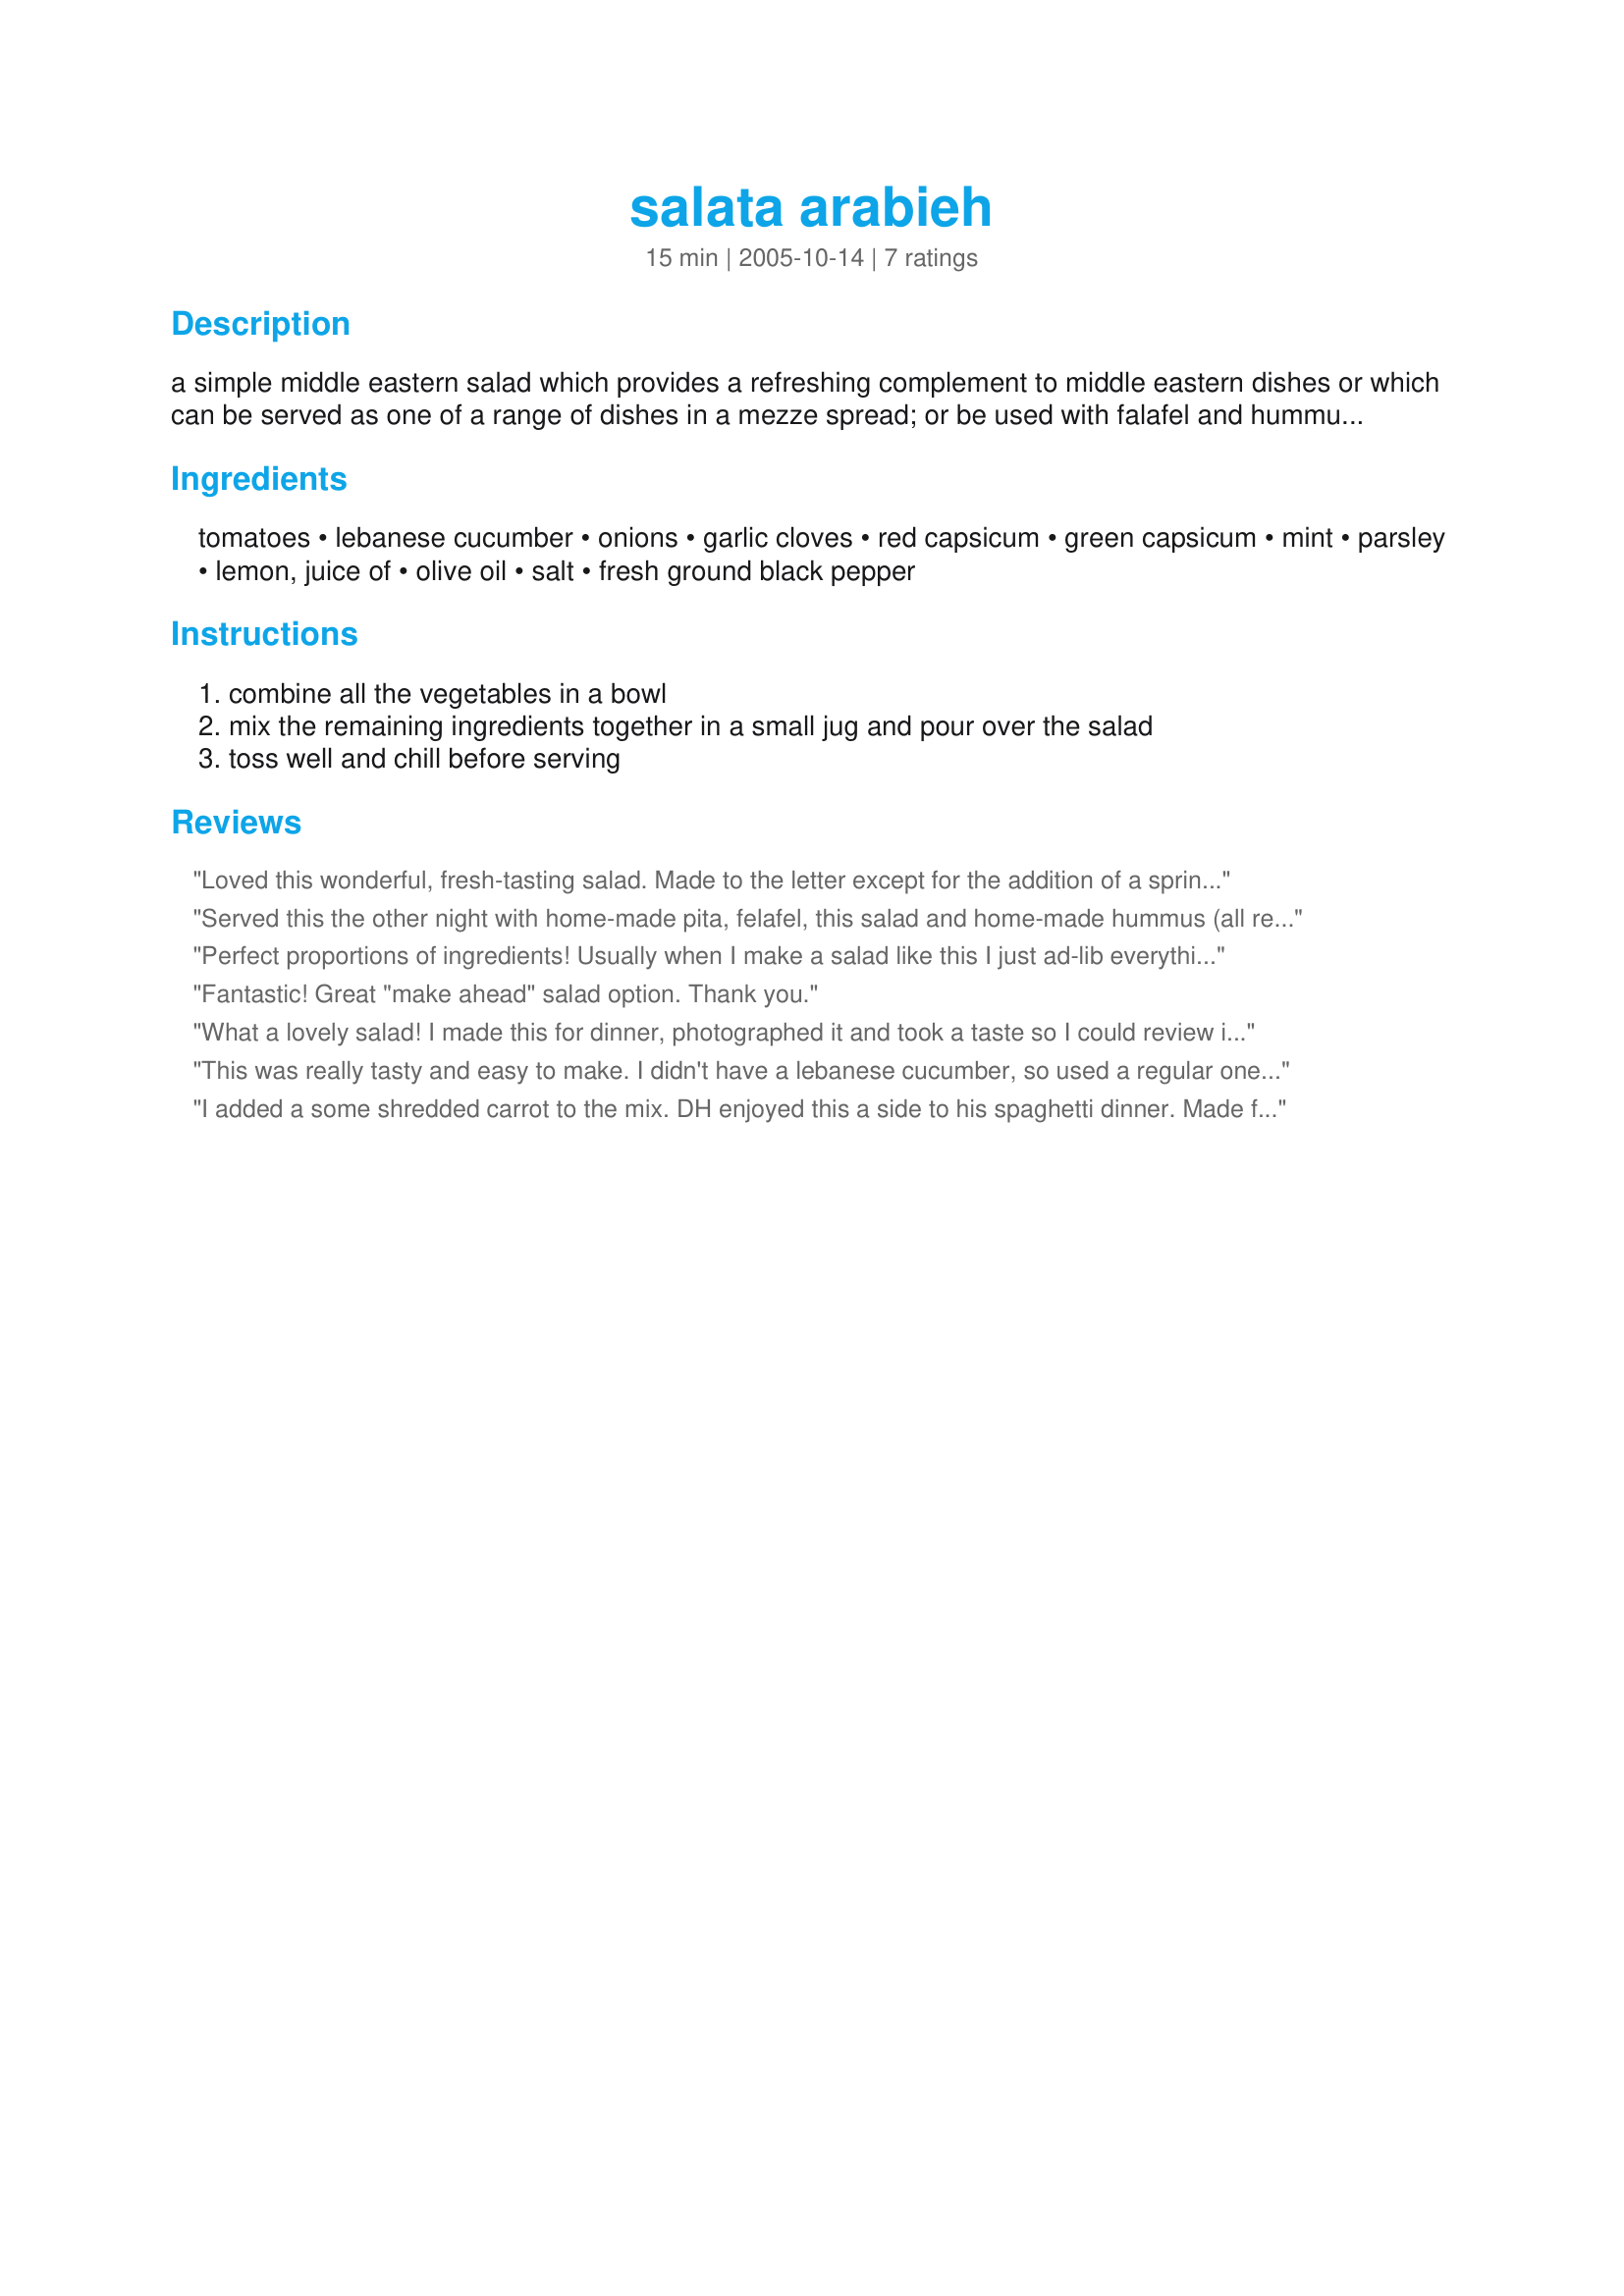
salata arabieh
Preparation time: 15 minutes

a simple middle eastern salad which provides a refreshing complement to middle eastern dishes or which can be served as one of a range of dishes in a mezze spread; or be used with falafel and hummus in pita bread.

Ingredients:
tomatoes, lebanese cucumber, onions, garlic cloves, red capsicum, green capsicum, mint, parsley, lemon, juice of, olive oil, salt, fresh ground black pepper

Steps:
combine all the vegetables in a bowl, mix the remaining ingredients together in a small jug and pour over the salad, toss well and chill before serving

Reviews:
Loved this wonderful, fresh-tasting salad. Made to the letter except for the addition of a sprinkle of sumac at the end to add a little more tartness. This is a keeper!
Served this the other night with home-made pita, felafel, this salad and home-made hummus (all recipes from recipezaar!). Very nice dinner and this salad tasted so authentic and fresh. Delicious.
Perfect proportions of ingredients! Usually when I make a salad like this I just ad-lib everything--this was great to be able to follow. I love mint with salads like this, and I didn't even need to add more garlic ;) Simple, and perfect!
Fantastic! Great "make ahead" salad option. Thank you.
What a lovely salad! I made this for dinner, photographed it and took a taste so I could review it, now I'd like to sit and keep eating it and not share with Russell. I had a Lebanese uncle sho was a wonderful cook and these sorts of flavours remind me so much of him and his dishes we enjoyed growing up.
This was really tasty and easy to make. I didn't have a lebanese cucumber, so used a regular one. I used a serrano pepper for the green capsicum and a red bell pepper for the red capsicum. Made for Spring 2009 PAC.
I added a some shredded carrot to the mix. DH enjoyed this a side to his spaghetti dinner. Made for Zaar Stars
